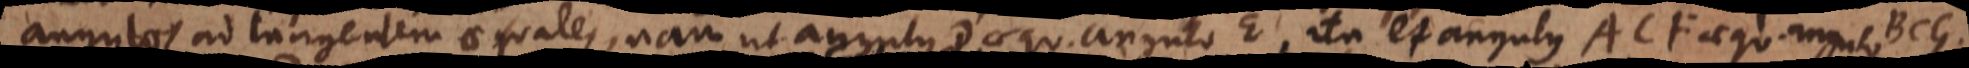
angulos ad tangentem aequales, nam ut angulus D aequ. angulo E, ita et angulus ACF aequ. ang